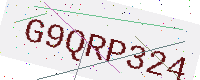
Text: G9QRP324